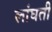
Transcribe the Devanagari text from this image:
लांघती